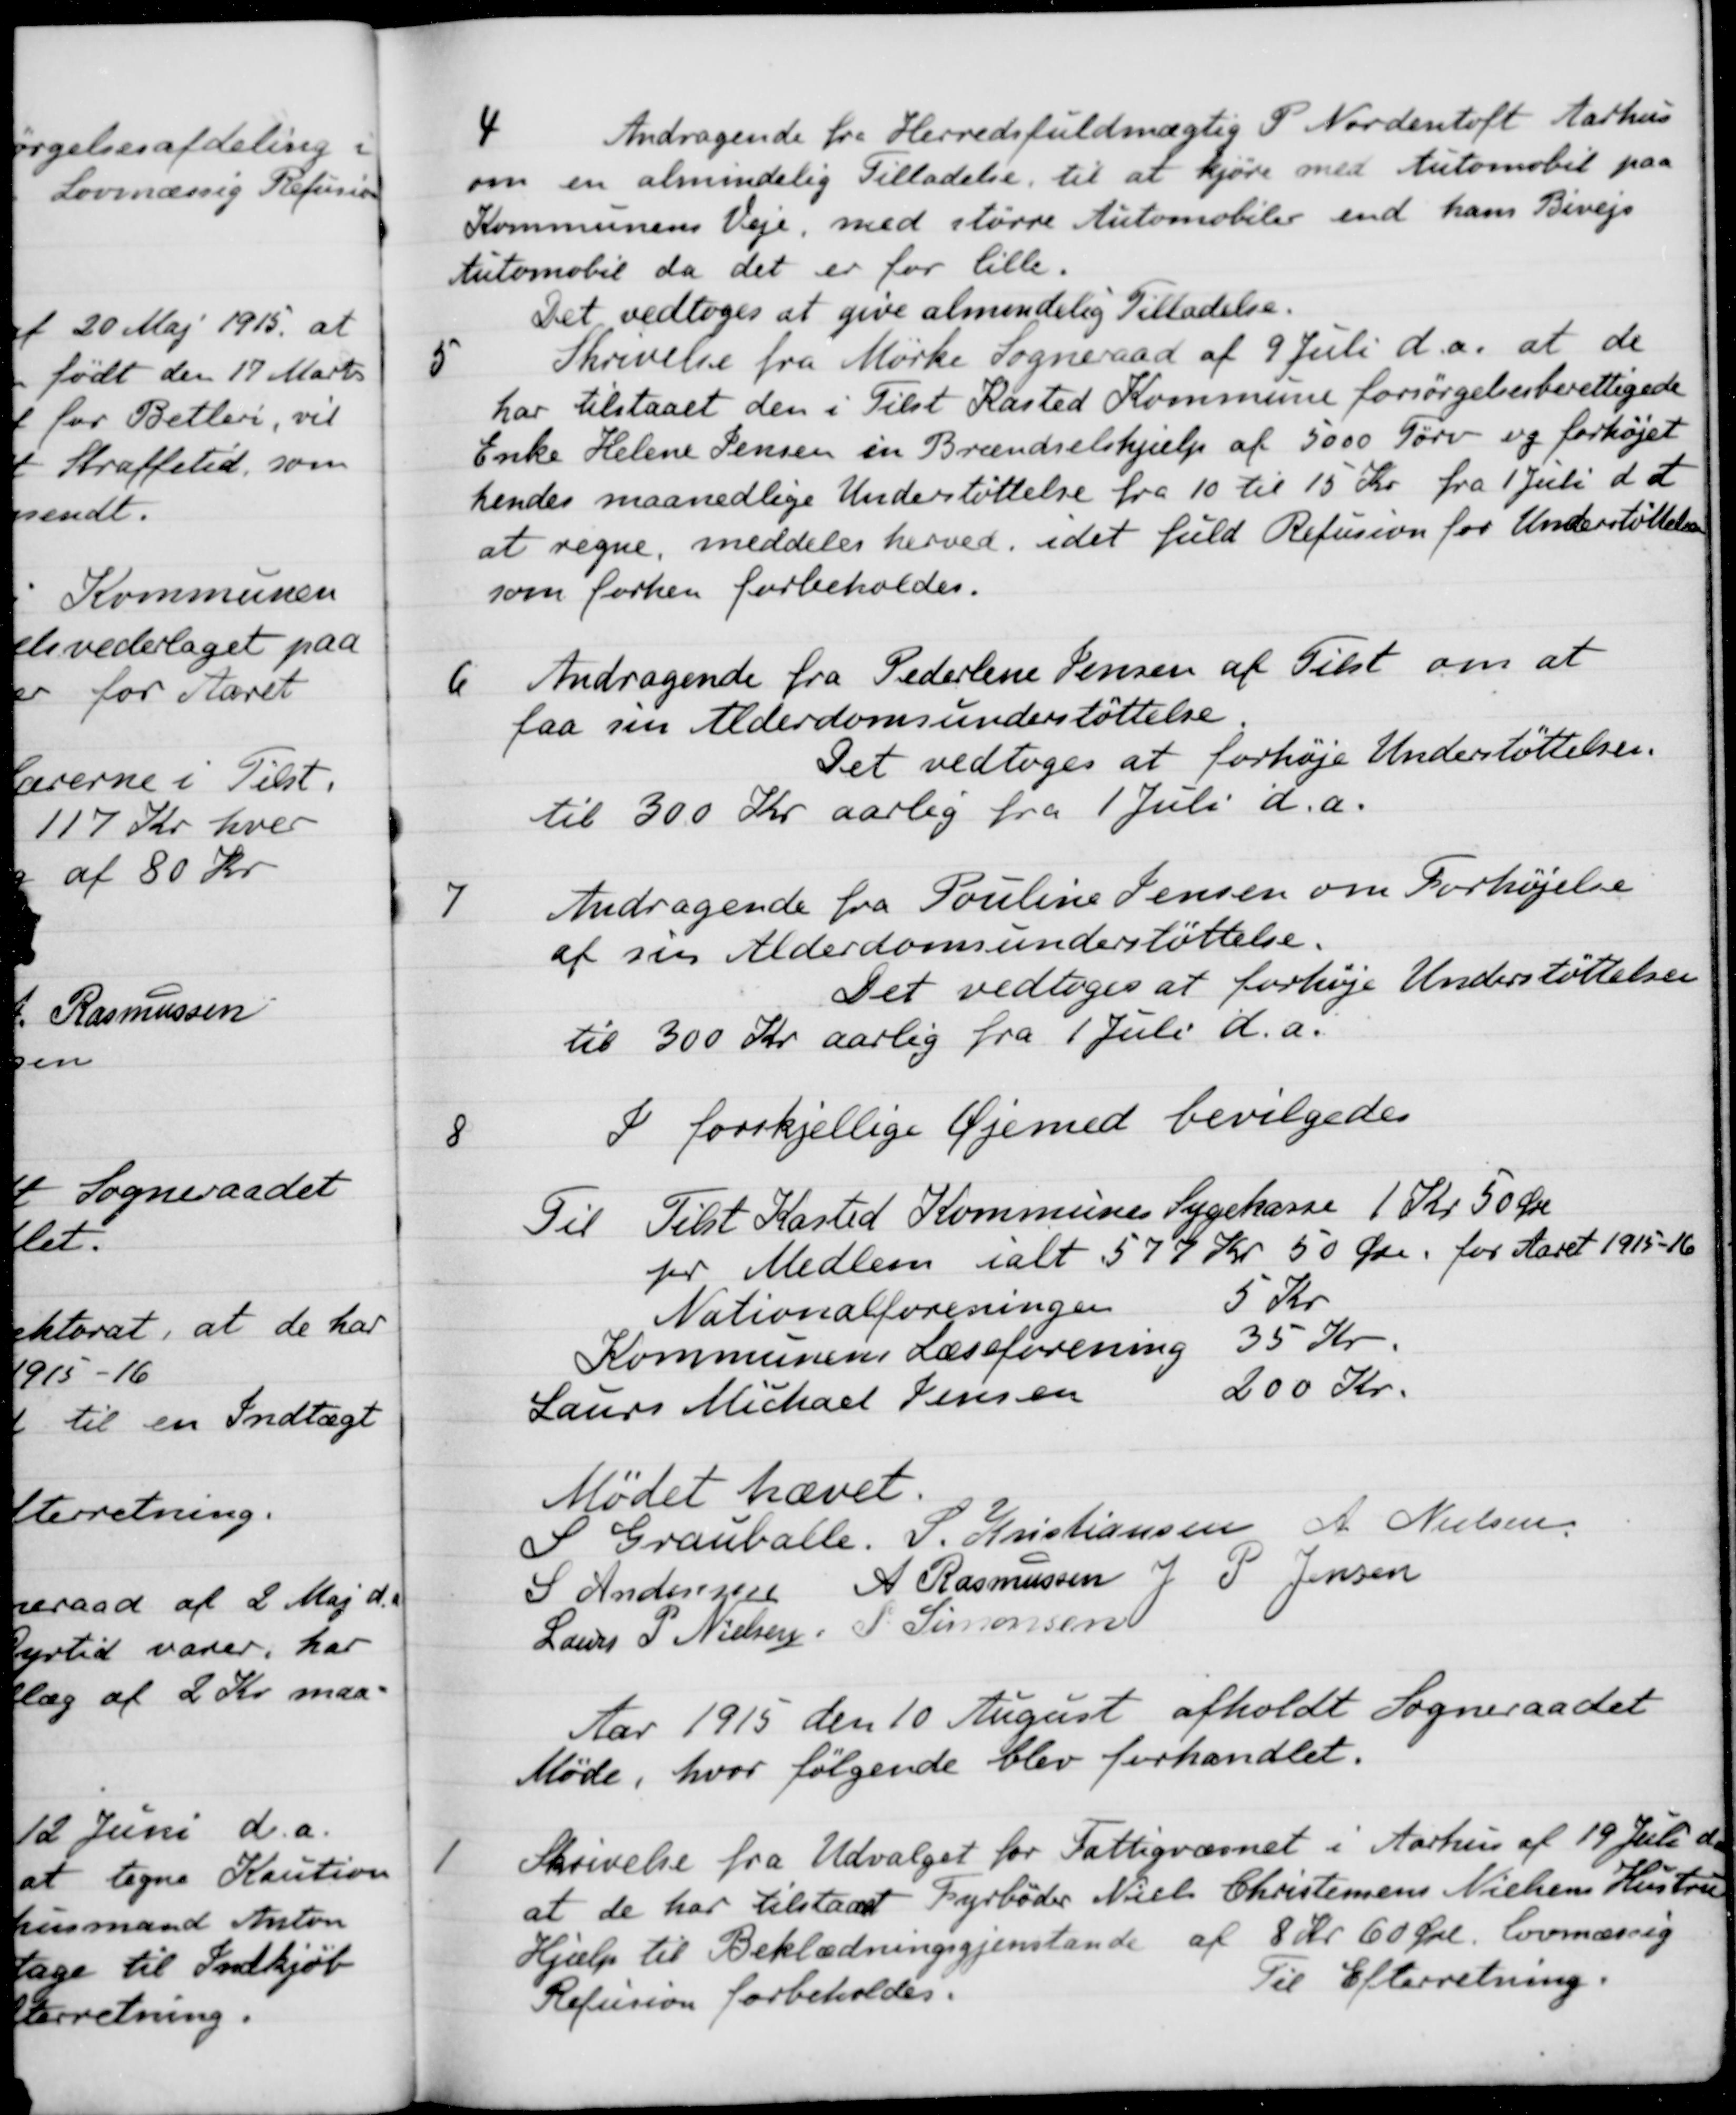
Transskription:
4
Andragende fra Herredsfuldmægtig P. Nordentoft Aarhus
om en almindelig Tilladelse til at kjøre med Automobil paa
Kommunens Veje, med større Automobiler end hans Bivejs
Automobil da det er for lille.
Det vedtoges at give almindelig Tilladelse.
5
Skrivelse fra Mørke Sogneraad af 9 Juli d.a. at de
har tilstaaet den i Tilst Kasted Kommune forsørgelsesberettigede 
Enke Helene Jensen en Brændselshjælp af 5000 Tørv og forhøjet
hendes maanedlige Understøttelse fra 10 til 15 Kr. fra 1 Juli d. A.
at regne, meddeles herved, idet fuld Refusion for Understøttelse
som forhen forbeholdes.
6
Andragende fra Pederlene Jensen af Tilst om at
faa sin Alderdomsunderstøttelse.
Det vedtoges at forhøje Understøttelser.
til 300 Kr aarlig fra 1 Juli d.a.
7
Andragende fra Pouline Jensen om Forhøjelse
af sin Alderdomsunderstøttelse.
Det vedtoges at forhøje Understøttelsen
til 300 Kr aarlig fra 1 Juli d.a.
I forskjellige Øjemed bevilgedes
8
Til Tilst Kasted Kommunes Sygekasse 1 Kr 50 Øre
pr Medlem ialt 577 Kr 50 Øre for Aaret 1915-16
Nationalforeningen 5 Kr.
5 Kr.
Kommunens Læseforening
35 Kr.
Laurs Michael Jensen
200 Kr.
Mødet hævet.
S Grauballe.
S. Kristiansen
A. Nielsen
S Andersen
A Rasmussen
J P. Jensen
Laurs S. Nielsen
P. Simonsen
Aar 1915 den 10 August afholdt Sogneraadet
Møde, hvor følgende blev forhandlet.
1
Skrivelse fra Udvalget for Fattigvæsnet i Aarhus af 19 Juli d. A.
at de har tilstaaet Fyrbøder Niels Christensens Nielsens Hustru
Hjælp til Beklædningsgjenstande af 8 kr 60 Øre lovmæssig
Refusion forbeholdes.
Til Efterretning.